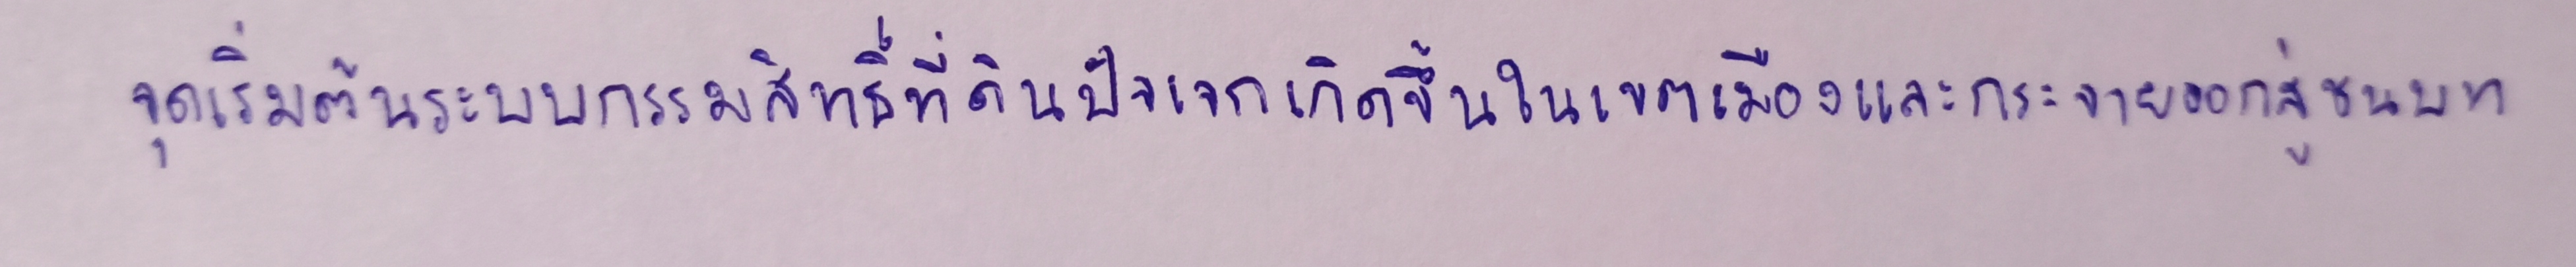
จุดเริ่มต้นระบบกรรมสิทธิ์ที่ดินปัจเจกเกิดขึ้นในเขตเมืองและกระจายออกสู่ชนบท